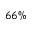
6 6 \%